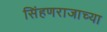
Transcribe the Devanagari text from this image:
सिंहणराजाच्या